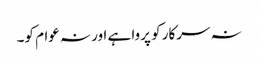
نہ سرکار کو پروا ہے اور نہ عوام کو۔